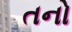
તનો